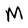
Character: M